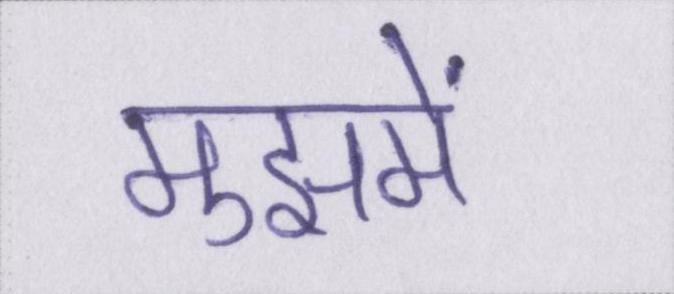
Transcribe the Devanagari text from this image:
मुझमें